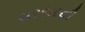
સરદારથી